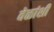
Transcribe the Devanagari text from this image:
वेळांशी